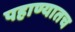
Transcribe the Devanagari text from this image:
पहाण्यातच